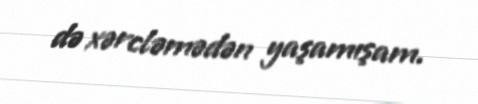
də xərcləmədən yaşamışam.